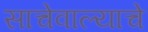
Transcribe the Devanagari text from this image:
साचेवाल्याचे